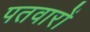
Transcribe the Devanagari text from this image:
पतवारों